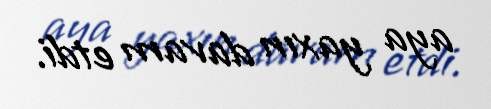
aya yaxın davam etdi.